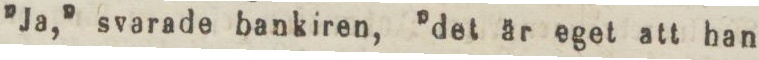
”Ja,” svarade bankiren, ”det är eget att han